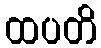
ထပတိ